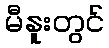
မီနူးတွင်